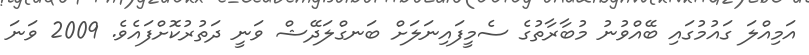
އަމިއްލަ ގައުމުގައި ބޭއްވުނު މުބާރާތުގެ ސެމީފައިނަލަށް ބަނގްލަދޭޝް ވަނީ ދަތުރުކޮށްފައެވެ. 2009 ވަނަ